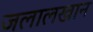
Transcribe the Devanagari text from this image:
जलालखान